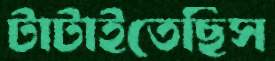
টাটাইতেছিস